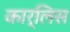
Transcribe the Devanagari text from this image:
कार्लिस